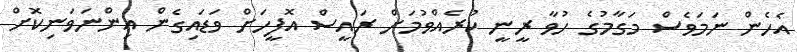
އެހެން ނަމަވެސް މަގާމުގެ ހުވާ ރީނީ ކުރެެެއްވުމަށް ރައީސް އޮފީހަށް ވަޑައިގެން އިންނަވަނިކޮށް